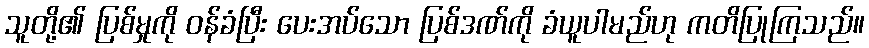
သူတို့၏ ပြစ်မှုကို ဝန်ခံပြီး ပေးအပ်သော ပြစ်ဒဏ်ကို ခံယူပါမည်ဟု ကတိပြုကြသည်။